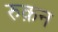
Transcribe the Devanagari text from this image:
रुक़न